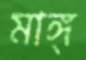
মাঙ্গ্‌